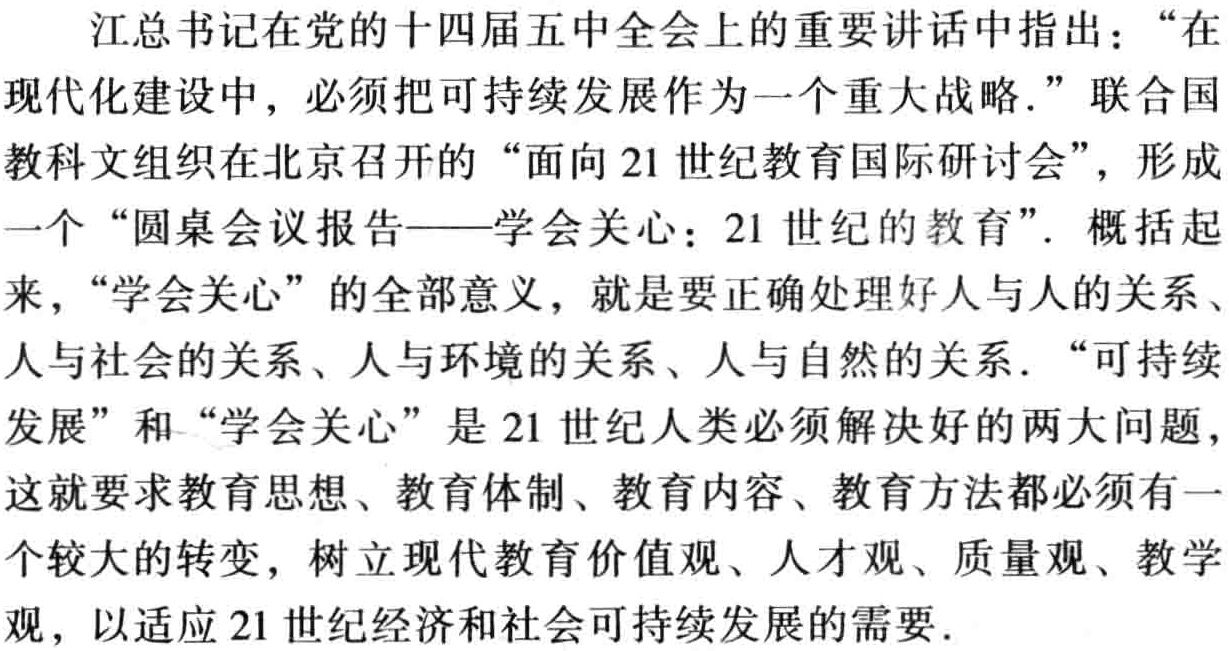
江总书记在党的十四届五中全会上的重要讲话中指出：“在现代化建设中，必须把可持续发展作为一个重大战略.” 联合国教科文组织在北京召开的 “面向 21 世纪教育国际研讨会”，形成一个 “圆桌会议报告——学会关心：21 世纪的教育”. 概括起来，“学会关心” 的全部意义，就是要正确处理好人与人的关系、人与社会的关系、人与环境的关系、人与自然的关系. “可持续发展” 和 “学会关心” 是 21 世纪人类必须解决好的两大问题，这就要求教育思想、教育体制、教育内容、教育方法都必须有一个较大的转变，树立现代教育价值观、人才观、质量观、教学观，以适应 21 世纪经济和社会可持续发展的需要.